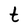
Character: t